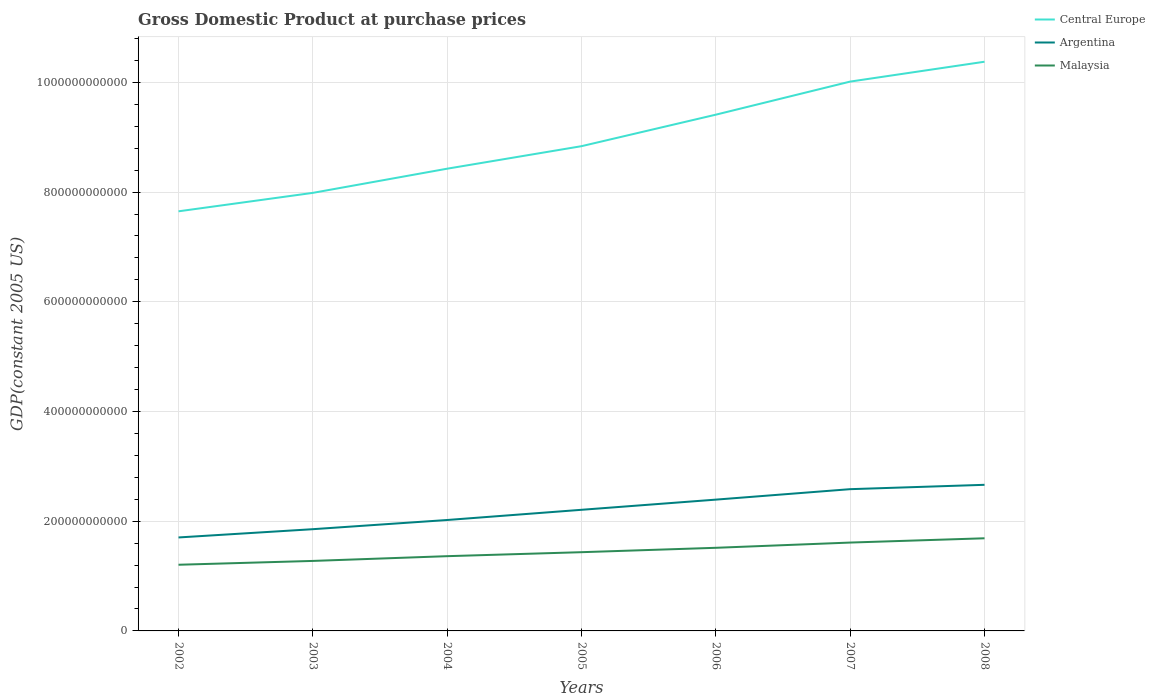
| Years | Central Europe | Argentina | Malaysia |
 | --- | --- | --- | --- |
 | 2002 | 7.65e+11 | 1.7e+11 | 1.21e+11 |
 | 2003 | 7.99e+11 | 1.85e+11 | 1.28e+11 |
 | 2004 | 8.43e+11 | 2.02e+11 | 1.36e+11 |
 | 2005 | 8.84e+11 | 2.21e+11 | 1.44e+11 |
 | 2006 | 9.41e+11 | 2.39e+11 | 1.52e+11 |
 | 2007 | 1e+12 | 2.58e+11 | 1.61e+11 |
 | 2008 | 1.04e+12 | 2.66e+11 | 1.69e+11 |